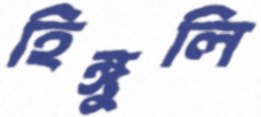
হিঙ্গুলি